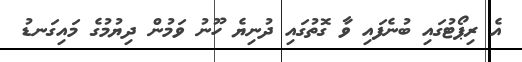
އެ ރިޕޯޓުގައި ބުނެފައި ވާ ގޮތުގައި ދުނިޔެ ހޫނު ވަމުން ދިޔުމުގެ މައިގަނޑު